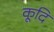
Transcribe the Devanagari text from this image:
कूदि